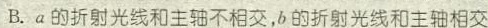
B.a的折射光线和主轴不相交，b的折射光线和主轴相交